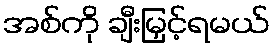
အစ်ကို ချီးမြှင့်ရမယ်